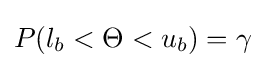
P(l_{b}<\Theta <u_{b})=\gamma